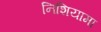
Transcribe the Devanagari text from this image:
निशियामा